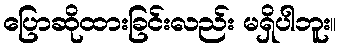
ပြောဆိုထားခြင်းလည်း မရှိပါဘူး။